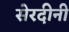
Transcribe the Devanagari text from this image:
सेरदीनी